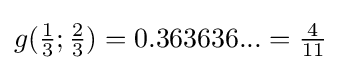
g({\tfrac {1}{3}};{\tfrac {2}{3}})=0.363636...={\tfrac {4}{11}}